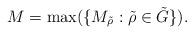
LaTeX: \begin{align*}M = \max(\{M_{\tilde{\rho}} : \tilde{\rho} \in \tilde{G}\}).\end{align*}